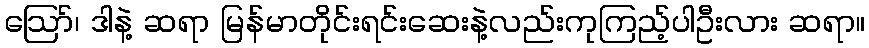
ဪ၊ ဒါနဲ့ ဆရာ မြန်မာတိုင်းရင်းဆေးနဲ့လည်းကုကြည့်ပါဦးလား ဆရာ။